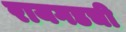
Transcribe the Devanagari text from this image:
रायगडची